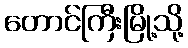
တောင်ကြီးမြို့သို့